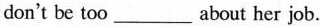
don't be too_about her job.